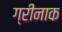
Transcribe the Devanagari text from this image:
ग्रीनाक